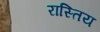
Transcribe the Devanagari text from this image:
रास्तिय